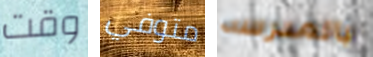
وقت متوفي بالمدرسه